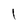
Character: l